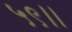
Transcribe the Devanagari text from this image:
५९।।